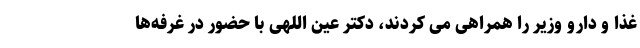
غذا و دارو وزیر را همراهی می کردند، دکتر عین اللهی با حضور در غرفه‌ها